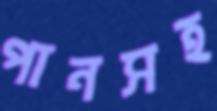
পানসহ